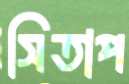
সিতাপ